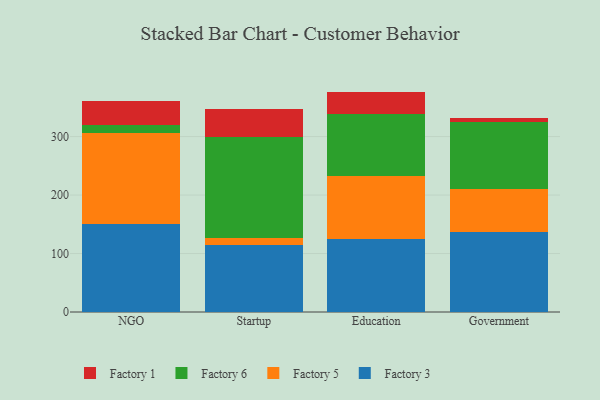
{"axis": {"x": "Segment", "y": "Active Users"}, "legend": ["Factory 1", "Factory 3", "Factory 5", "Factory 6"], "data": [{"x": "NGO", "y": 151.2, "type": "Factory 3"}, {"x": "NGO", "y": 154.7, "type": "Factory 5"}, {"x": "NGO", "y": 13.1, "type": "Factory 6"}, {"x": "NGO", "y": 42.6, "type": "Factory 1"}, {"x": "Startup", "y": 114.6, "type": "Factory 3"}, {"x": "Startup", "y": 11.4, "type": "Factory 5"}, {"x": "Startup", "y": 173.3, "type": "Factory 6"}, {"x": "Startup", "y": 48.2, "type": "Factory 1"}, {"x": "Education", "y": 124.3, "type": "Factory 3"}, {"x": "Education", "y": 109.1, "type": "Factory 5"}, {"x": "Education", "y": 105.5, "type": "Factory 6"}, {"x": "Education", "y": 38.0, "type": "Factory 1"}, {"x": "Government", "y": 136.8, "type": "Factory 3"}, {"x": "Government", "y": 74.1, "type": "Factory 5"}, {"x": "Government", "y": 114.7, "type": "Factory 6"}, {"x": "Government", "y": 5.4, "type": "Factory 1"}]}